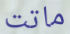
ماتت